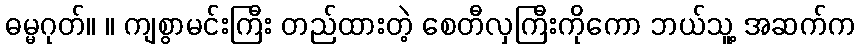
ဓမ္မဂုတ်။ ။ ကျစွာမင်းကြီး တည်ထားတဲ့ စေတီလှကြီးကိုကော ဘယ်သူ့ အဆက်က